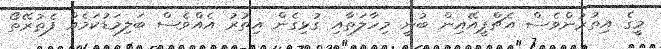
މީގެ އިތުރުންވެސް އެޗްޕީއޭއިން ބުނީ މިހާލަތާއި ގުޅިގެން އިތުރު އެއްވެސް ބަލިމަޑުކަމެއް ފެތުރޭތޯ